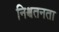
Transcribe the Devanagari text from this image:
निश्चतनता